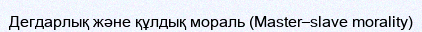
Дегдарлық және құлдық мораль (Master–slave morality)